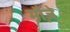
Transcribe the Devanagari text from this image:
मौज़े